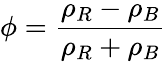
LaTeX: \phi=\frac{\rho_{R}-\rho_{B}}{\rho_{R}+\rho_{B}}